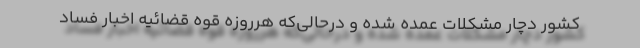
كشور دچار مشکلات عمده شده و د‌رحالی‌كه هر‌روزه قوه قضائیه اخبار فساد